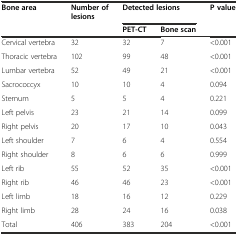
<table><thead><tr><td><b>Bone area</b></td><td><b>Number of lesions</b></td><td colspan="2"><b>Detected lesions</b></td><td><b>P value</b></td></tr><tr><td></td><td></td><td><b>PET-CT</b></td><td><b>Bone scan</b></td><td></td></tr></thead><tbody><tr><td>Cervical vertebra</td><td>32</td><td>32</td><td>7</td><td>&lt;0.001</td></tr><tr><td>Thoracic vertebra</td><td>102</td><td>99</td><td>48</td><td>&lt;0.001</td></tr><tr><td>Lumbar vertebra</td><td>52</td><td>49</td><td>21</td><td>&lt;0.001</td></tr><tr><td>Sacrococcyx</td><td>10</td><td>10</td><td>4</td><td>0.094</td></tr><tr><td>Sternum</td><td>5</td><td>5</td><td>4</td><td>0.221</td></tr><tr><td>Left pelvis</td><td>23</td><td>21</td><td>14</td><td>0.099</td></tr><tr><td>Right pelvis</td><td>20</td><td>17</td><td>10</td><td>0.043</td></tr><tr><td>Left shoulder</td><td>7</td><td>6</td><td>4</td><td>0.554</td></tr><tr><td>Right shoulder</td><td>8</td><td>6</td><td>6</td><td>0.999</td></tr><tr><td>Left rib</td><td>55</td><td>52</td><td>35</td><td>&lt;0.001</td></tr><tr><td>Right rib</td><td>46</td><td>46</td><td>23</td><td>&lt;0.001</td></tr><tr><td>Left limb</td><td>18</td><td>16</td><td>12</td><td>0.229</td></tr><tr><td>Right limb</td><td>28</td><td>24</td><td>16</td><td>0.038</td></tr><tr><td>Total</td><td>406</td><td>383</td><td>204</td><td>&lt;0.001</td></tr></tbody></table>